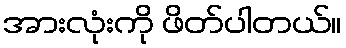
အားလုံးကို ဖိတ်ပါတယ်။